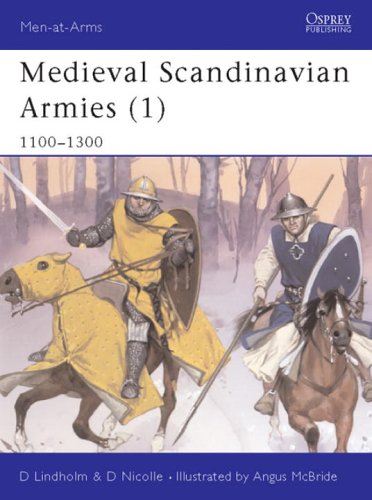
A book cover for Men-at-Arms 396: Medieval Scandinavian Armies (1) 1100-1300; David Lindholm; History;